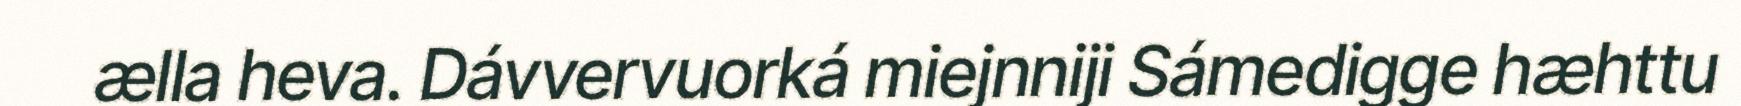
ælla heva. Dávvervuorká miejnniji Sámedigge hæhttu